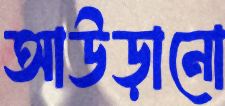
আউড়ানো